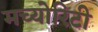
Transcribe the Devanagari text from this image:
मच्योरिटी